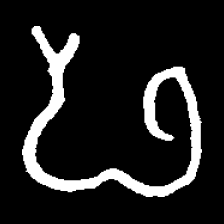
Pyu character \u2014 Myanmar letter: ဖ (romanized: pha)